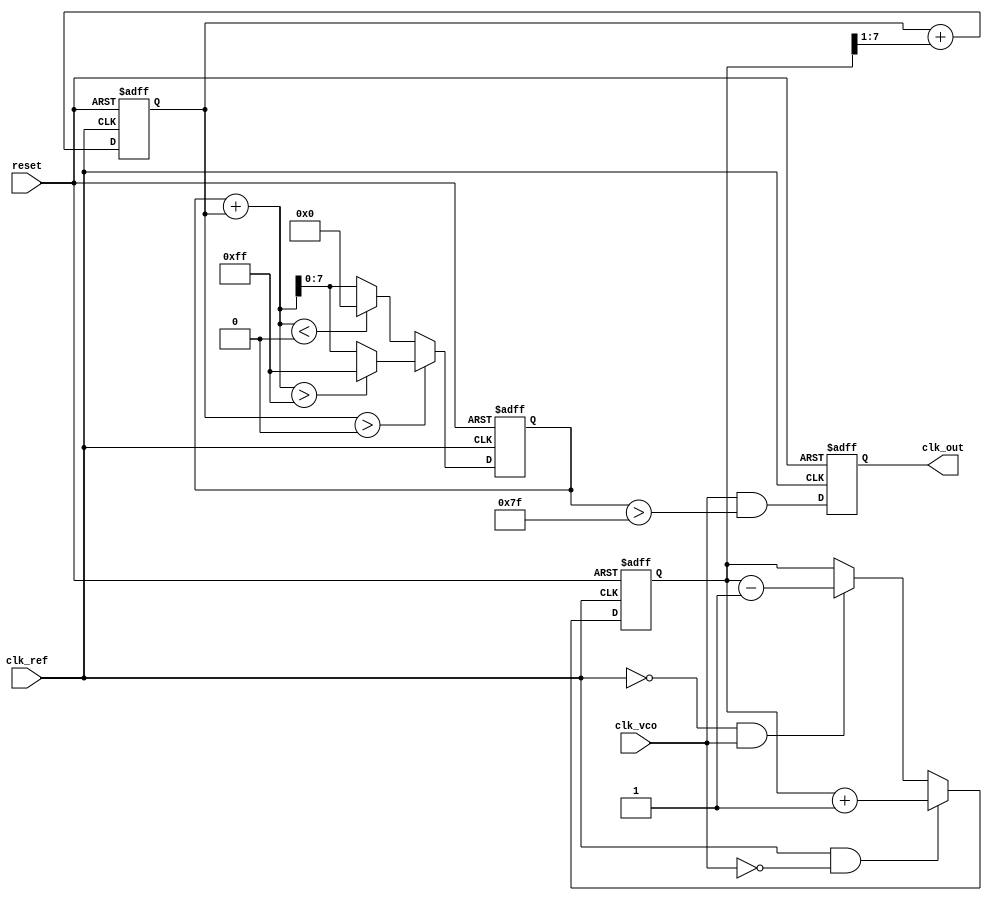
module dpll (
    input wire clk_ref,          // Reference clock input
    input wire clk_vco,          // VCO clock input
    input wire reset,            // Reset signal
    output reg clk_out           // Output clock signal
);

// Parameters for the loop filter
parameter FILTER_SIZE = 8;     // Size of the loop filter
parameter VCO_MAX_FREQ = 255;  // Maximum frequency for VCO
parameter VCO_MIN_FREQ = 0;    // Minimum frequency for VCO

// Internal signals
reg [FILTER_SIZE-1:0] phase_error; // Phase error signal
reg [FILTER_SIZE-1:0] control_signal; // Control signal for VCO
reg [FILTER_SIZE-1:0] vco_freq; // Current frequency of the VCO
reg [FILTER_SIZE-1:0] memory_block; // Memory block for storing phase info

// Phase Detector
always @(posedge clk_ref or posedge reset) begin
    if (reset) begin
        phase_error <= 0;
    end else begin
        // Simple phase detector logic (example)
        if (clk_ref && !clk_vco) begin
            phase_error <= phase_error + 1; // Increment error if reference clock is high and VCO is low
        end else if (!clk_ref && clk_vco) begin
            phase_error <= phase_error - 1; // Decrement error if VCO is high and reference clock is low
        end
    end
end

// Loop Filter
always @(posedge clk_ref or posedge reset) begin
    if (reset) begin
        control_signal <= 0;
    end else begin
        // Simple low-pass filter (example)
        control_signal <= control_signal + (phase_error >> 1); // Adjust control signal based on phase error
    end
end

// Voltage-Controlled Oscillator (VCO)
always @(posedge clk_ref or posedge reset) begin
    if (reset) begin
        vco_freq <= VCO_MIN_FREQ;
        clk_out <= 0;
    end else begin
        // Adjust VCO frequency based on control signal
        if (control_signal > 0) begin
            vco_freq <= (vco_freq + control_signal) > VCO_MAX_FREQ ? VCO_MAX_FREQ : (vco_freq + control_signal);
        end else begin
            vco_freq <= (vco_freq + control_signal) < VCO_MIN_FREQ ? VCO_MIN_FREQ : (vco_freq + control_signal);
        end
        
        // Generate output clock based on VCO frequency
        clk_out <= (clk_vco && (vco_freq > (VCO_MAX_FREQ >> 1))); // Example condition for output clock
    end
end

// Memory Block (for storing phase information)
always @(posedge clk_ref or posedge reset) begin
    if (reset) begin
        memory_block <= 0;
    end else begin
        memory_block <= phase_error; // Store phase error in memory block
    end
end

endmodule